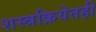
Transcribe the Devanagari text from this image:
शस्त्रक्रियेतही